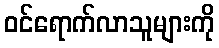
ဝင်ရောက်လာသူများကို